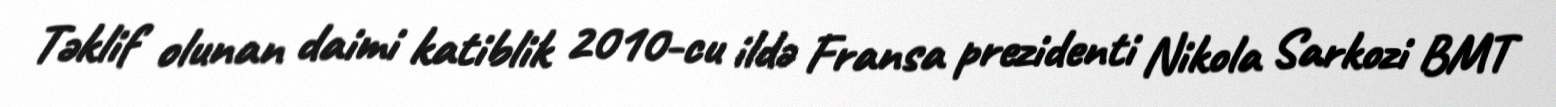
Təklif olunan daimi katiblik 2010-cu ildə Fransa prezidenti Nikola Sarkozi BMT